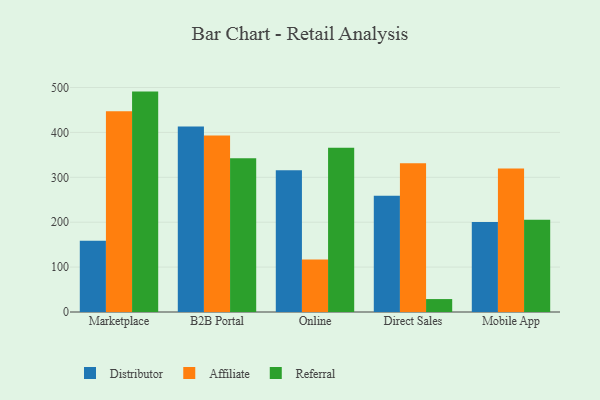
{"axis": {"x": "Channel", "y": "Conversion Rate (%)"}, "legend": ["Affiliate", "Distributor", "Referral"], "data": [{"x": "Marketplace", "y": 158.9, "type": "Distributor"}, {"x": "Marketplace", "y": 447.0, "type": "Affiliate"}, {"x": "Marketplace", "y": 490.9, "type": "Referral"}, {"x": "B2B Portal", "y": 413.2, "type": "Distributor"}, {"x": "B2B Portal", "y": 393.3, "type": "Affiliate"}, {"x": "B2B Portal", "y": 342.4, "type": "Referral"}, {"x": "Online", "y": 315.8, "type": "Distributor"}, {"x": "Online", "y": 117.2, "type": "Affiliate"}, {"x": "Online", "y": 366.1, "type": "Referral"}, {"x": "Direct Sales", "y": 259.2, "type": "Distributor"}, {"x": "Direct Sales", "y": 331.4, "type": "Affiliate"}, {"x": "Direct Sales", "y": 28.8, "type": "Referral"}, {"x": "Mobile App", "y": 200.5, "type": "Distributor"}, {"x": "Mobile App", "y": 319.6, "type": "Affiliate"}, {"x": "Mobile App", "y": 205.2, "type": "Referral"}]}